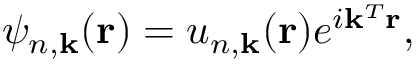
\psi _ { n , \mathbf { k } } ( \mathbf { r } ) = u _ { n , \mathbf { k } } ( \mathbf { r } ) e ^ { i \mathbf { k } ^ { T } \mathbf { r } } ,